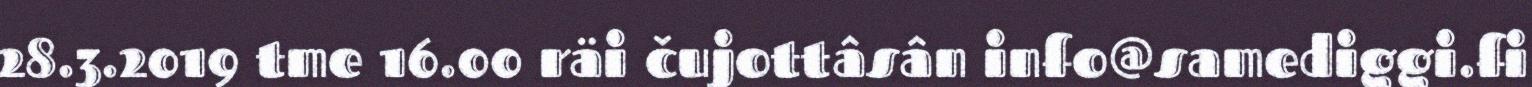
28.3.2019 tme 16.00 räi čujottâsân info@samediggi.fi